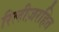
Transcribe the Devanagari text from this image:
रिलीज़रहित